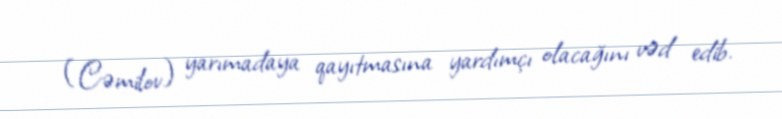
(Cəmilov) yarımadaya qayıtmasına yardımçı olacağını vəd edib.